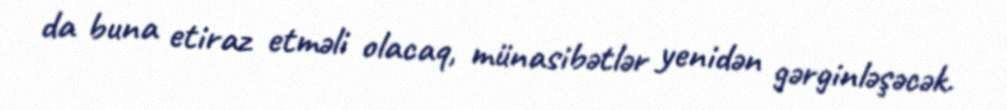
da buna etiraz etməli olacaq, münasibətlər yenidən gərginləşəcək.